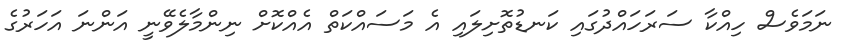
ނަމަވެސް ހިއްކާ ސަރަހައްދުގައި ކަނޑުތޮށިލައި އެ މަސައްކަތް އެއްކޮށް ނިންމާލެވޭނީ އަންނަ އަހަރުގެ